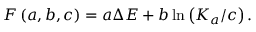
F \left( a , b , c \right) = a \Delta E + b \ln \left( K _ { a } / c \right) .